Lunatic asylums Madras 1892-1911 - 1892-1911
Year: 1892
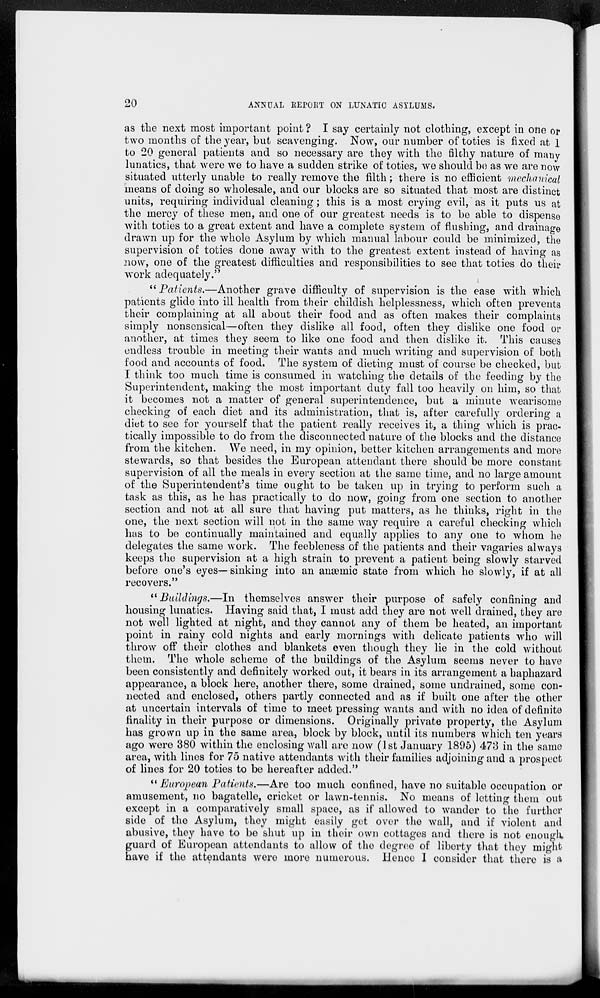
20
ANNUAL REPORT ON LUNATIC ASYLUMS.
as the next most important point ? I say certainly not clothing, except in one or
two months of the year, but scavenging. Now, our number of toties is fixed at 1
to 20 general patients and so necessary are they with the filthy nature of many
lunatics, that were we to have a sudden strike of toties, we should be as we are now
situated utterly unable to really remove the filth; there is no efficient mechanical
means of doing so wholesale, and our blocks are so situated that most are distinct
units, requiring individual cleaning; this is a most crying evil, as it puts us at
the mercy of these men, and one of our greatest needs is to be able to dispense
with toties to a great extent and have a complete system of flushing, and drainage
drawn up for the whole Asylum by which manual labour could be minimized, the
supervision of toties done away with to the greatest extent instead of having as
now, one of the greatest difficulties and responsibilities to see that toties do their
work adequately.''
" Patients.—Another grave difficulty of supervision is the ease with which
patients glide into ill health from their childish helplessness, which often prevents
their complaining at all about their food and as often makes their complaints
simply nonsensical—often they dislike all food, often they dislike one food or
another, at times they seem to like one food and then dislike it. This causes
endless trouble in meeting their wants and much writing and supervision of both
food and accounts of food. The system of dieting must of course be checked, but
I think too much time is consumed in watching the details of the feeding by the
Superintendent, making the most important duty fall too heavily on him, so that
it becomes not a matter of general superintendence, but a minute wearisome
checking of each diet and its administration, that is, after carefully ordering a
diet to see for yourself that the patient really receives it, a thing which is prac-
tically impossible to do from the disconnected nature of the blocks and the distance
from the kitchen. We need, in my opinion, better kitchen arrangements and more
stewards, so that besides the European attendant there should be more constant
supervision of all the meals in every section at the same time, and no large amount
of the Superintendent's time ought to be taken up in trying to perform such a
task as this, as he has practically to do now, going from one section to another
section and not at all sure that having put matters, as he thinks, right in the
one, the next section will not in the same way require a careful checking which
has to be continually maintained and equally applies to any one to whom he
delegates the same work. The feebleness of the patients and their vagaries always
keeps the supervision at a high strain to prevent a patient being slowly starved
before one's eyes—sinking into an anæmic state from which he slowly, if at all
recovers."
"Buildings.—In
themselves answer their purpose of safely confining and
housing lunatics. Having said that, I must add they are not well drained, they are
not well lighted at night, and they cannot any of them be heated, an important
point in rainy cold nights and early mornings with delicate patients who will
throw off their clothes and blankets even though they lie in the cold without
them. The whole scheme of the buildings of the Asylum seems never to have
been consistently and definitely worked out, it bears in its arrangement a haphazard
appearance, a block here, another there, some drained, some undrained, some con-
nected and enclosed, others partly connected and as if built one after the other
at uncertain intervals of time to meet pressing wants and with no idea of definite
finality in their purpose or dimensions. Originally private property, the Asylum
has grown up in the same area, block by block, until its numbers which ten years
ago were 380 within the enclosing wall are now (1st January 1895) 473 in the same
area, with lines for 75 native attendants with their families adjoining and a prospect
of lines for 20 toties to be hereafter added."
" European Patients.—Are too much confined, have no suitable occupation or
amusement, no bagatelle, cricket or lawn-tennis. No means of letting them out
except in a comparatively small space, as if allowed to wander to the further
side of the Asylum, they might easily get over the wall, and if violent and
abusive, they have to be shut up in their own cottages and there is not enough,
guard of European attendants to allow of the degree of liberty that they might
have if the attendants were more numerous. Hence I consider that there is a